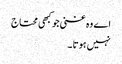
اے وہ غنی جو کبھی محتاج
نہیں ہوتا ۔